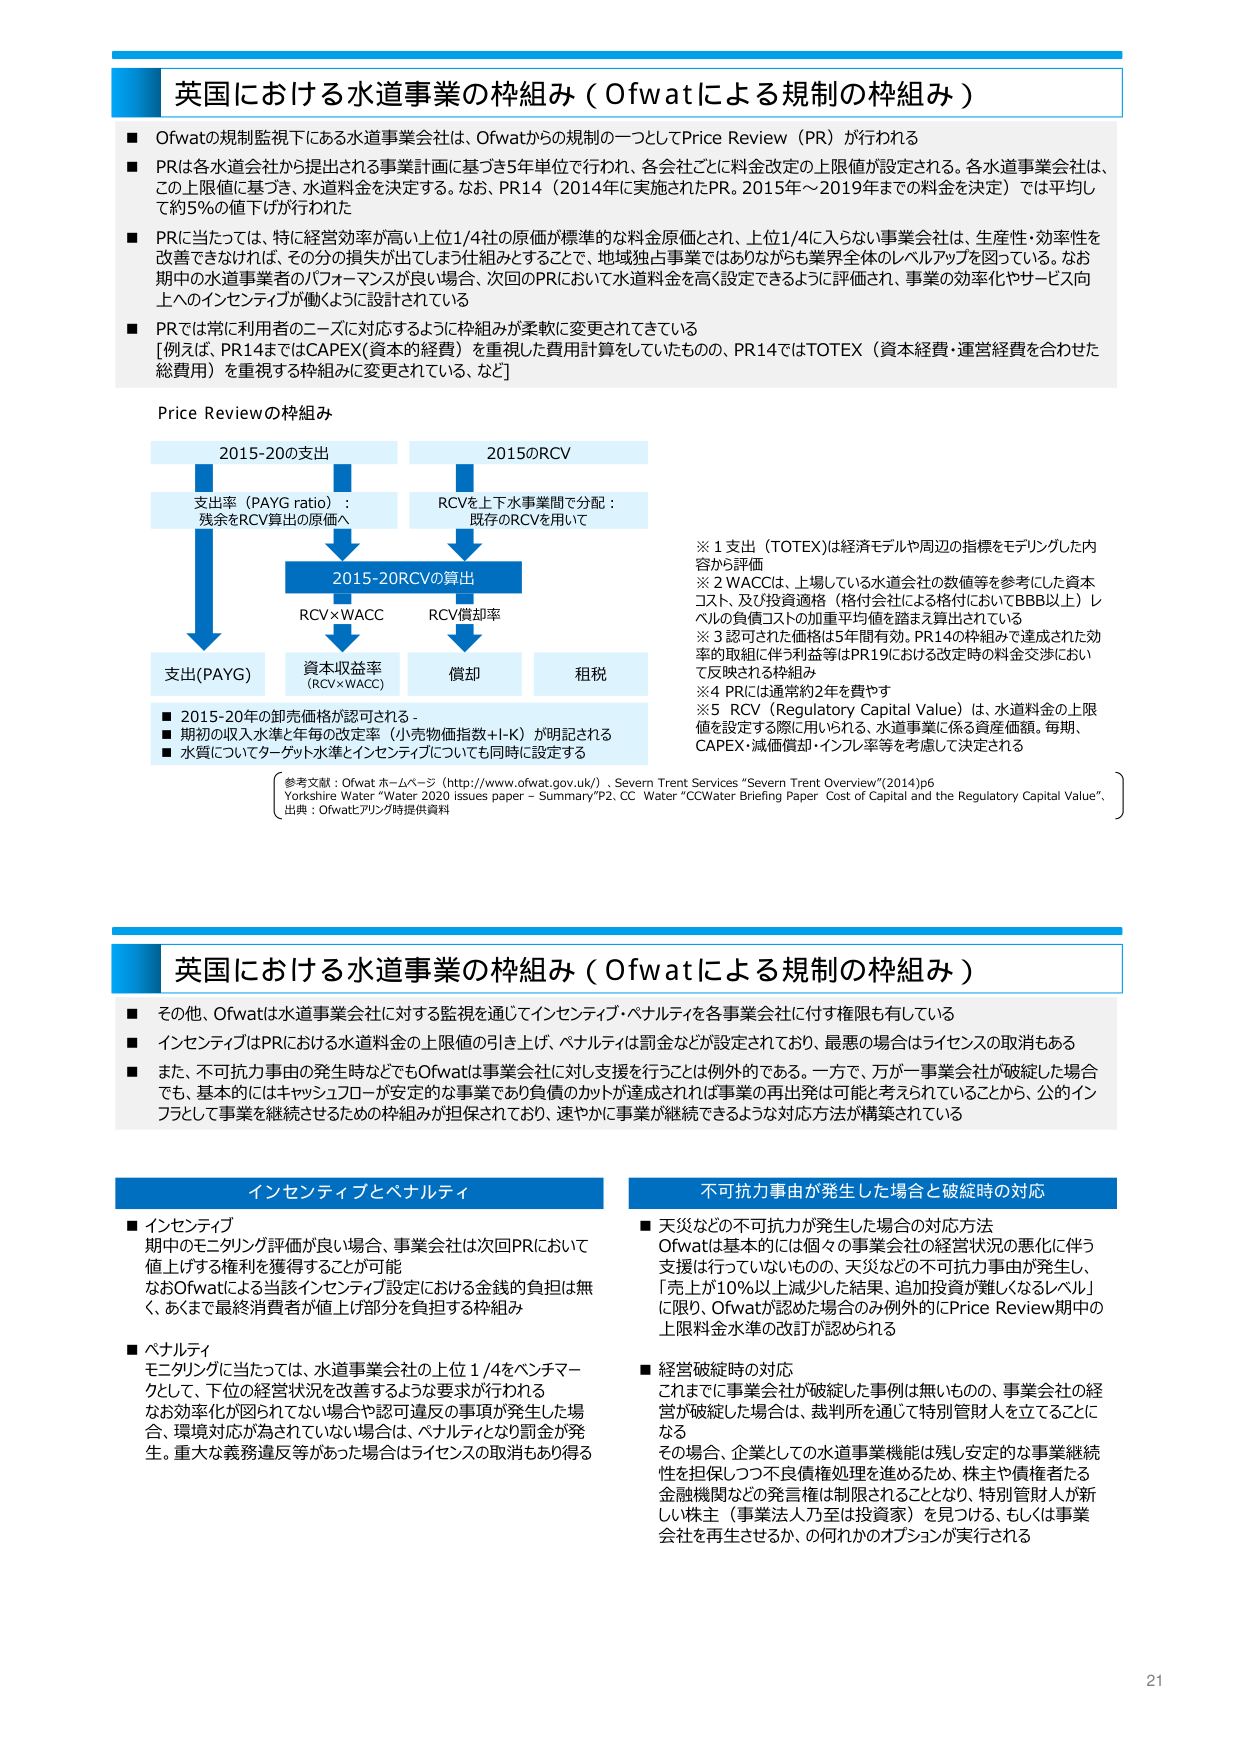
英国における水道事業の枠組み（Ofwatによる規制の枠組み）

■ Ofwatの規制監視下にある水道事業会社は、Ofwatからの規制の一つとしてPrice Review（PR）が行われる
■ PRは各水道会社から提出される事業計画に基づき5年単位で行われ、各会社ごとに料金改定の上限値が設定される。各水道事業会社は、この上限値に基づき、水道料金を決定する。なお、PR14（2014年に実施されたPR。2015年～2019年までの料金を決定）では平均して約5％の値下げが行われた
■ PRに当たっては、特に経営効率が高い上位1/4社の原価が標準的な料金原価とされ、上位1/4に入らない事業会社は、生産性・効率性を改善できなければ、その分の損失が出てしまう仕組みとすることで、地域独占事業ではありながらも業界全体のレベルアップを図っている。なお期中の水道事業者のパフォーマンスが良い場合、次回のPRにおいて水道料金を高く設定できるように評価され、事業の効率化やサービス向上へのインセンティブが働くように設計されている
■ PRでは常に利用者のニーズに対応するように枠組みが柔軟に変更されてきている
[例えば、PR14まではCAPEX（資本的経費）を重視した費用計算をしていたものの、PR14ではTOTEX（資本経費・運営経費を合わせた総費用）を重視する枠組みに変更されている、など]

Price Reviewの枠組み

2015-20の支出
支出率（PAYG ratio）：残余をRCV算出の原価へ

2015のRCV
RCVを上下水事業間で分配：既存のRCVを用いて

2015-20RCVの算出
RCV×WACC
RCV償却率

支出(PAYG)
資本収益率（RCV×WACC）
償却
租税

■ 2015-20年の卸売価格が認可される -
■ 期初の収入水準と年毎の改定率（小売物価指数+I-K）が明記される
■ 水質についてターゲット水準とインセンティブについても同時に設定する

※1 支出（TOTEX）は経済モデルや周辺の指標をモデリングした内容から評価
※2 WACCは、上場している水道会社の数値等を参考にした資本コスト、及び投資適格（格付会社による格付においてBBB以上）レベルの負債コストの加重平均値を踏まえて算出されている
※3 認可された価格は5年間有効。PR14の枠組みで達成された効率的取組に伴う利益等はPR19における改定時の料金交渉において反映される枠組み
※4 PRには通常約2年を費やす
※5 RCV（Regulatory Capital Value）は、水道料金の上限値を設定する際に用いられる、水道事業に係る資産価額。毎期、CAPEX・減価償却・インフレ率等を考慮して決定される

参考文献：Ofwat ホームページ（http://www.ofwat.gov.uk/）、Severn Trent Services “Severn Trent Overview”(2014)p6
Yorkshire Water “Water 2020 issues paper – Summary”P2、CC Water “CCWater Briefing Paper Cost of Capital and the Regulatory Capital Value”、
出典：Ofwatピアリング時提供資料

英国における水道事業の枠組み（Ofwatによる規制の枠組み）

■ その他、Ofwatは水道事業会社に対する監視を通じてインセンティブ・ペナルティを各事業会社に付す権限を有している
■ インセンティブはPRにおける水道料金の上限値の引き上げ、ペナルティは罰金などが設定されており、最悪の場合はライセンスの取消もある
■ また、不可抗力事由の発生時などでもOfwatは事業会社に対し支援を行うことは例外的である。一方で、万が一事業会社が破綻した場合でも、基本的にはキャッシュフローが安定的な事業であり負債のカットが達成されれば事業の再出発は可能と考えられていることから、公的インフラとして事業を継続させるための枠組みが担保されており、速やかに事業が継続できるような対応方法が構築されている

インセンティブとペナルティ

■ インセンティブ
期中のモニタリング評価が良い場合、事業会社は次回PRにおいて値上げする権利を獲得することが可能
なおOfwatによる当該インセンティブ設定における金銭的負担は無く、あくまで最終消費者が値上げ部分を負担する枠組み

■ ペナルティ
モニタリングに当たっては、水道事業会社の上位1/4をベンチマークとして、下位の経営状況を改善するような要求が行われる
なお効率化が図られていない場合や認可違反の事項が発生した場合、環境対応が為されていない場合は、ペナルティとなり罰金が発生。重大な義務違反等があった場合はライセンスの取消もあり得る

不可抗力事由が発生した場合と破綻時の対応

■ 天災などの不可抗力が発生した場合の対応方法
Ofwatは基本的には個々の事業会社の経営状況の悪化に伴う支援は行っていないものの、天災などの不可抗力事由が発生し、「売上が10％以上減少した結果、追加投資が難しくなるレベル」に限り、Ofwatが認めた場合のみ例外的にPrice Review期間中の上限料金水準の改訂が認められる

■ 経営破綻時の対応
これまでに事業会社が破綻した事例は無いものの、事業会社の経営が破綻した場合は、裁判所を通じて特別管財人を立てることになる
その場合、企業としての水道事業機能は残し安定的な事業継続性を担保しつつ不良債権処理を進めるため、株主や債権者たる金融機関などの発言権は制限されることとなり、特別管財人が新しい株主（事業法人乃至は投資家）を見つける、もしくは事業会社を再生させるか、の何れかのオプションが実行される

21